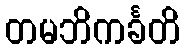
တမဘိကင်္ခတိ